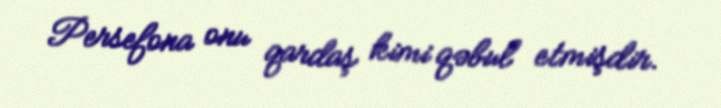
Persefona onu qardaş kimi qəbul etmişdir.